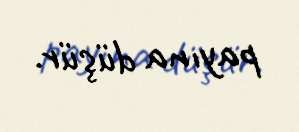
payına düşür.